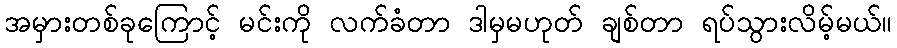
အမှားတစ်ခုကြောင့် မင်းကို လက်ခံတာ ဒါမှမဟုတ် ချစ်တာ ရပ်သွားလိမ့်မယ်။